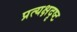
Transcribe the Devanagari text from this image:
प्रत्यक्षदृष्ट